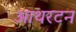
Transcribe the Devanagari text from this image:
आथरटन